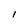
Character: l